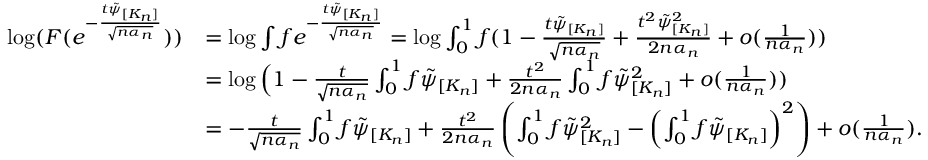
\begin{array} { r l } { \log ( F ( e ^ { - \frac { t \tilde { \psi } _ { [ K _ { n } ] } } { \sqrt { n \alpha _ { n } } } } ) ) } & { = \log \int f e ^ { - \frac { t \tilde { \psi } _ { [ K _ { n } ] } } { \sqrt { n \alpha _ { n } } } } = \log \int _ { 0 } ^ { 1 } f ( 1 - \frac { t \tilde { \psi } _ { [ K _ { n } ] } } { \sqrt { n \alpha _ { n } } } + \frac { t ^ { 2 } \tilde { \psi } _ { [ K _ { n } ] } ^ { 2 } } { 2 n \alpha _ { n } } + o ( \frac { 1 } { n \alpha _ { n } } ) ) } \\ & { = \log \Big ( 1 - \frac { t } { \sqrt { n \alpha _ { n } } } \int _ { 0 } ^ { 1 } f \tilde { \psi } _ { [ K _ { n } ] } + \frac { t ^ { 2 } } { 2 n \alpha _ { n } } \int _ { 0 } ^ { 1 } f \tilde { \psi } _ { [ K _ { n } ] } ^ { 2 } + o ( \frac { 1 } { n \alpha _ { n } } ) ) } \\ & { = - \frac { t } { \sqrt { n \alpha _ { n } } } \int _ { 0 } ^ { 1 } f \tilde { \psi } _ { [ K _ { n } ] } + \frac { t ^ { 2 } } { 2 n \alpha _ { n } } \left( \int _ { 0 } ^ { 1 } f \tilde { \psi } _ { [ K _ { n } ] } ^ { 2 } - \left( \int _ { 0 } ^ { 1 } f \tilde { \psi } _ { [ K _ { n } ] } \right) ^ { 2 } \right) + o ( \frac { 1 } { n \alpha _ { n } } ) . } \end{array}